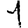
Digit: 1